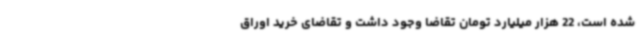
شده است، 22 هزار میلیارد تومان تقاضا وجود داشت و تقاضای خرید اوراق